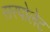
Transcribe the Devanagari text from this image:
सरपोलेट